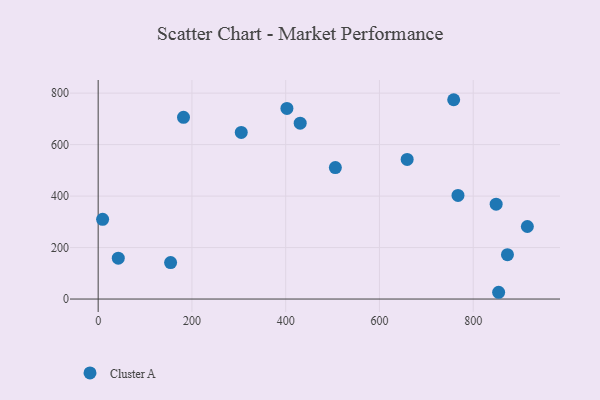
{"axis": {"x": "Distance", "y": "Sales"}, "legend": ["Cluster A"], "data": [{"x": "915.5", "y": 281.8, "type": "Cluster A"}, {"x": "430.9", "y": 683.3, "type": "Cluster A"}, {"x": "505.9", "y": 510.7, "type": "Cluster A"}, {"x": "659.1", "y": 542.4, "type": "Cluster A"}, {"x": "154.5", "y": 141.6, "type": "Cluster A"}, {"x": "305.2", "y": 647.2, "type": "Cluster A"}, {"x": "42.9", "y": 158.6, "type": "Cluster A"}, {"x": "182.0", "y": 706.1, "type": "Cluster A"}, {"x": "873.0", "y": 172.3, "type": "Cluster A"}, {"x": "848.9", "y": 368.5, "type": "Cluster A"}, {"x": "758.3", "y": 774.4, "type": "Cluster A"}, {"x": "767.5", "y": 402.5, "type": "Cluster A"}, {"x": "854.2", "y": 26.3, "type": "Cluster A"}, {"x": "402.6", "y": 740.7, "type": "Cluster A"}, {"x": "9.5", "y": 309.8, "type": "Cluster A"}]}